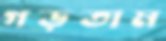
গড়তাম